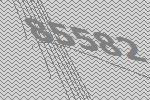
85582